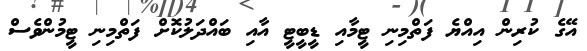
އޭގެ ކުރިން އިއްޔެ ފަތްމިނި ޓީމާއި ޑީބީޓީ އާއި ބައްދަލުކޮށް ފަތްމިނި ޓީމުންވެސް